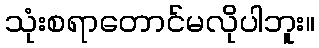
သုံးစရာတောင်မလိုပါဘူး။